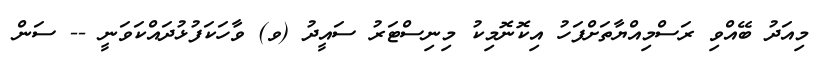
މިއަދު ބޭއްވި ރަސްމިއްޔާތަށްފަހު އިކޮނޮމިކު މިނިސްޓަރު ސައީދު (ވ) ވާހަކަފުޅުދައްކަވަނީ -- ސަން